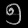
Digit: ၅